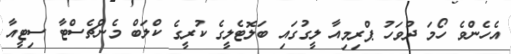
އެހެންވެ ހޯމަ ދުވަހު ޕްރިމިއާ ލީގުގައި ބަލޮޓެލީގެ ކުރީގެ ކްލަބް މެންޗެސްޓާ ސިޓީއާ